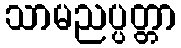
သာမညပ္ပတ္တာ